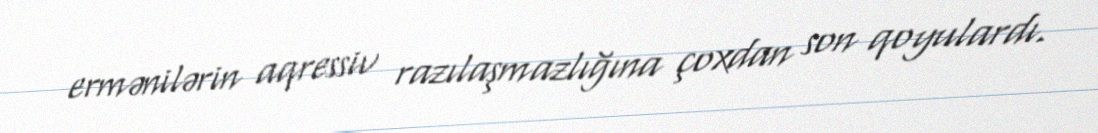
ermənilərin aqressiv razılaşmazlığına çoxdan son qoyulardı.